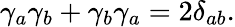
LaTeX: \gamma_{a}\gamma_{b}+\gamma_{b}\gamma_{a}=2\delta_{ab}.